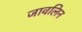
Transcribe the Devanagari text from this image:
जावलिन